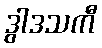
ဒွါဒသကီ